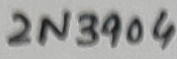
Text: 2N3904